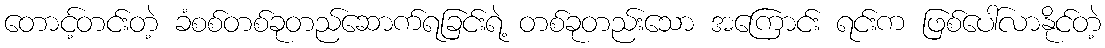
တောင့်တင်းတဲ့ ခံစစ်တစ်ခုတည်ဆောက်ရခြင်းရဲ့ တစ်ခုတည်းသော အကြောင်း ရင်းက ဖြစ်ပေါ်လာနိုင်တဲ့